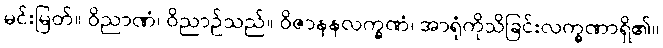
မင်းမြတ်။ ဝိညာဏံ၊ ဝိညာဉ်သည်။ ဝိဇာနနလက္ခဏံ၊ အာရုံကိုသိခြင်းလက္ခဏာရှိ၏။